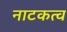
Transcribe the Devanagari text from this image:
नाटकत्व